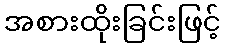
အစားထိုးခြင်းဖြင့်